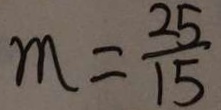
m = \frac { 2 5 } { 1 5 }